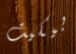
بيكيت